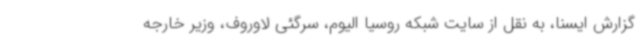
گزارش ایسنا، به نقل از سایت شبکه روسیا الیوم، سرگئی لاوروف، وزیر خارجه